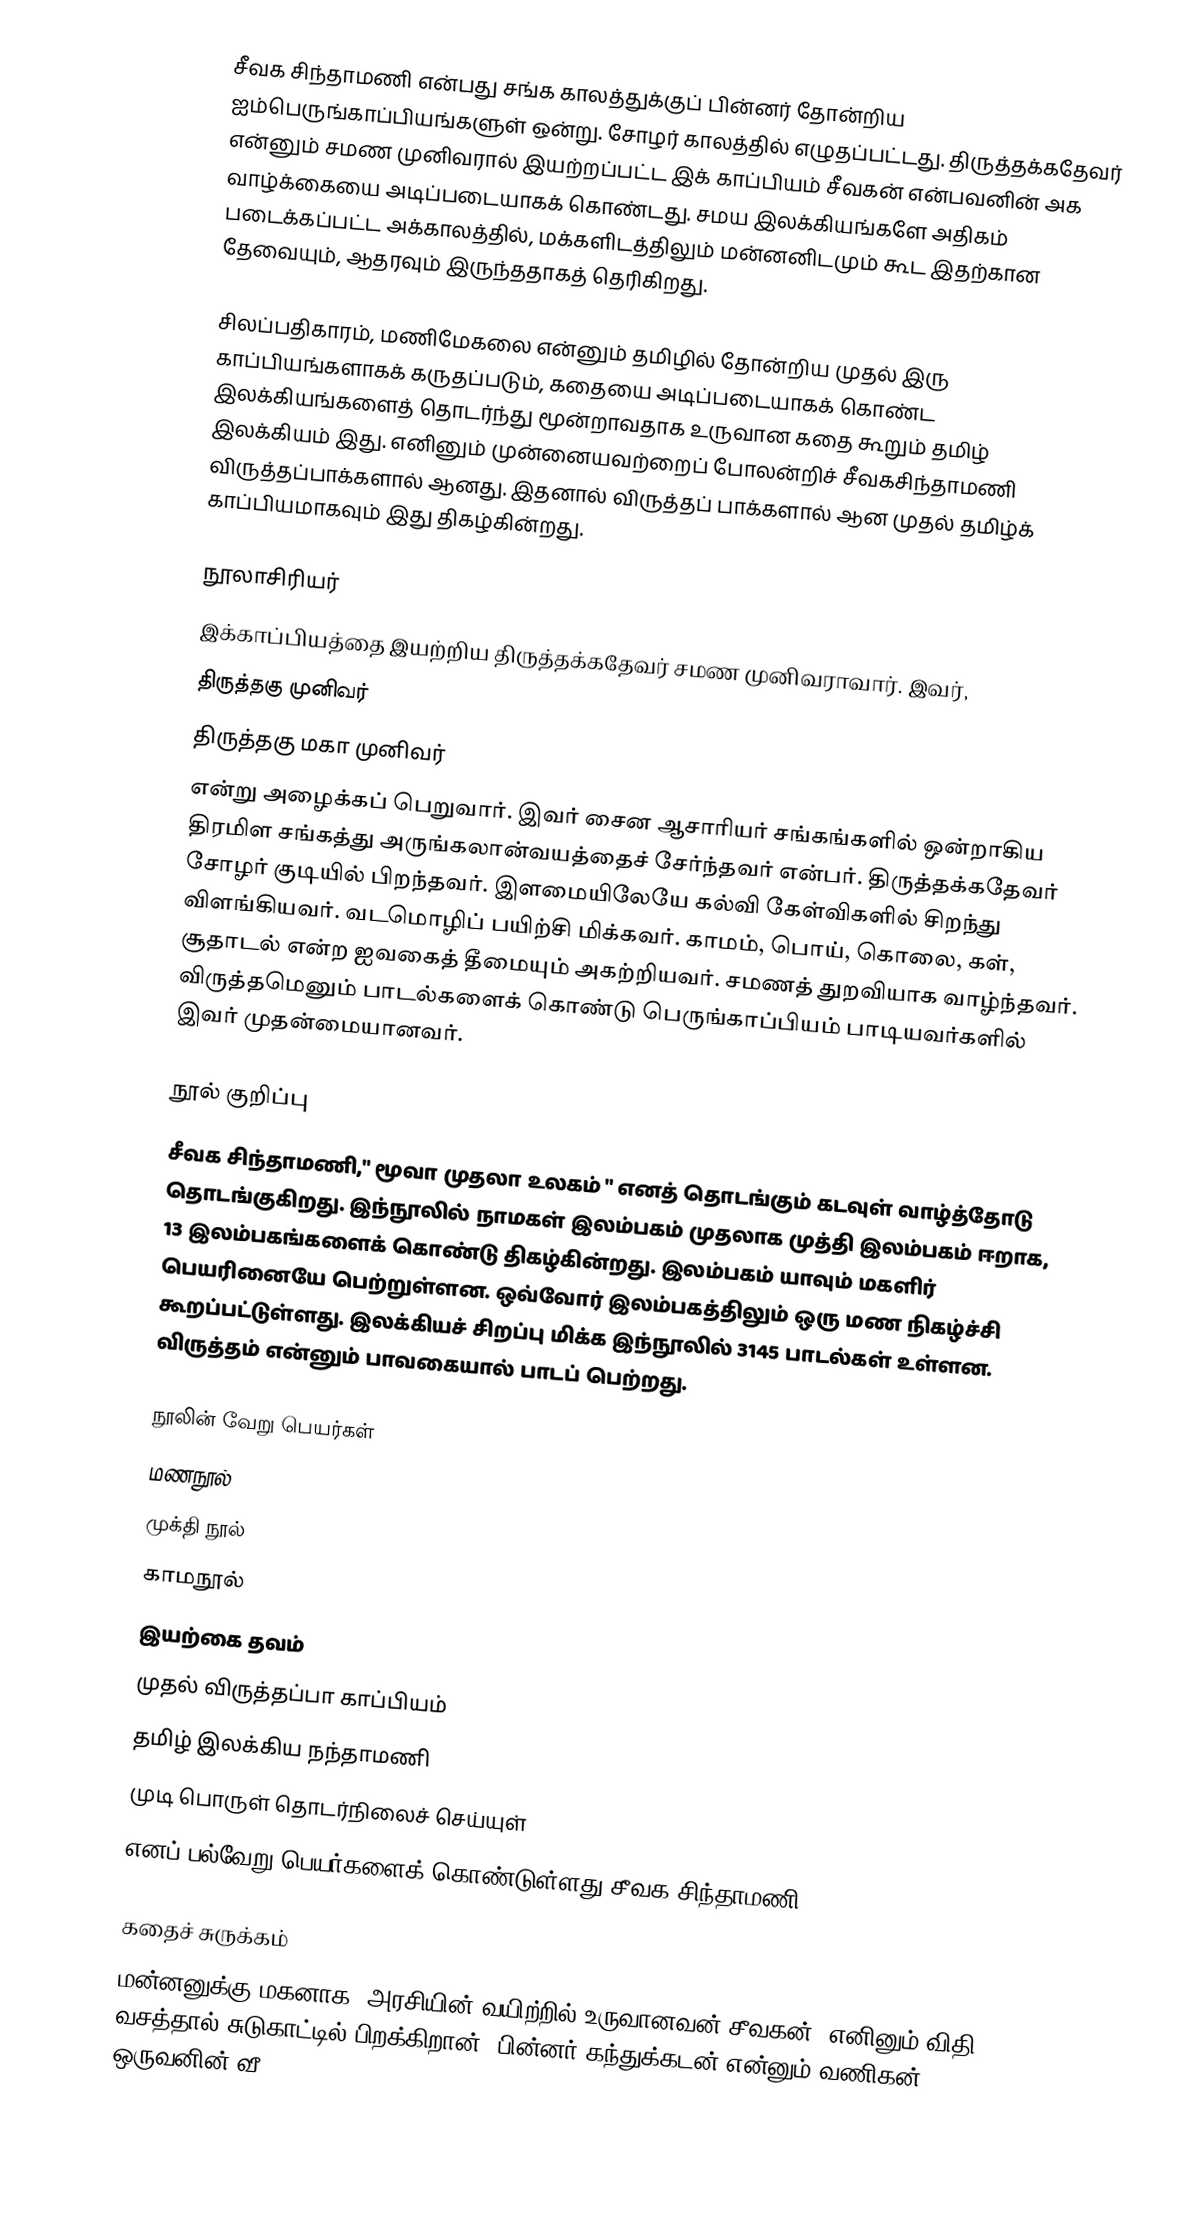
சீவக சிந்தாமணி என்பது சங்க காலத்துக்குப் பின்னர் தோன்றிய ஐம்பெருங்காப்பியங்களுள் ஒன்று. சோழர் காலத்தில் எழுதப்பட்டது. திருத்தக்கதேவர் என்னும் சமண முனிவரால் இயற்றப்பட்ட இக் காப்பியம் சீவகன் என்பவனின் அக வாழ்க்கையை அடிப்படையாகக் கொண்டது. சமய இலக்கியங்களே அதிகம் படைக்கப்பட்ட அக்காலத்தில், மக்களிடத்திலும் மன்னனிடமும் கூட இதற்கான தேவையும், ஆதரவும் இருந்ததாகத் தெரிகிறது.

சிலப்பதிகாரம், மணிமேகலை என்னும் தமிழில் தோன்றிய முதல் இரு காப்பியங்களாகக் கருதப்படும், கதையை அடிப்படையாகக் கொண்ட இலக்கியங்களைத் தொடர்ந்து மூன்றாவதாக உருவான கதை கூறும் தமிழ் இலக்கியம் இது. எனினும் முன்னையவற்றைப் போலன்றிச் சீவகசிந்தாமணி விருத்தப்பாக்களால் ஆனது. இதனால் விருத்தப் பாக்களால் ஆன முதல் தமிழ்க் காப்பியமாகவும் இது திகழ்கின்றது.

நூலாசிரியர்
இக்காப்பியத்தை இயற்றிய திருத்தக்கதேவர் சமண முனிவராவார். இவர்,
 திருத்தகு முனிவர்
 திருத்தகு மகா முனிவர்
என்று அழைக்கப் பெறுவார். இவர் சைன ஆசாரியர் சங்கங்களில் ஒன்றாகிய திரமிள சங்கத்து அருங்கலான்வயத்தைச் சேர்ந்தவர் என்பர்.  திருத்தக்கதேவர் சோழர் குடியில் பிறந்தவர். இளமையிலேயே கல்வி கேள்விகளில் சிறந்து விளங்கியவர். வடமொழிப் பயிற்சி மிக்கவர். காமம், பொய், கொலை, கள், சூதாடல் என்ற ஐவகைத் தீமையும் அகற்றியவர். சமணத் துறவியாக வாழ்ந்தவர். விருத்தமெனும் பாடல்களைக் கொண்டு பெருங்காப்பியம் பாடியவர்களில் இவர் முதன்மையானவர்.

நூல் குறிப்பு
சீவக சிந்தாமணி," மூவா முதலா உலகம் " எனத் தொடங்கும் கடவுள் வாழ்த்தோடு தொடங்குகிறது. இந்நூலில்  நாமகள் இலம்பகம் முதலாக முத்தி இலம்பகம் ஈறாக, 13 இலம்பகங்களைக் கொண்டு திகழ்கின்றது. இலம்பகம் யாவும் மகளிர் பெயரினையே பெற்றுள்ளன. ஒவ்வோர் இலம்பகத்திலும் ஒரு மண நிகழ்ச்சி கூறப்பட்டுள்ளது. இலக்கியச் சிறப்பு மிக்க இந்நூலில் 3145 பாடல்கள் உள்ளன. விருத்தம் என்னும் பாவகையால் பாடப் பெற்றது.

நூலின் வேறு பெயர்கள்
 மணநூல்
 முக்தி நூல்
 காமநூல்
 இயற்கை தவம்
 முதல் விருத்தப்பா காப்பியம்
 தமிழ் இலக்கிய நந்தாமணி
 முடி பொருள் தொடர்நிலைச் செய்யுள்
எனப் பல்வேறு பெயர்களைக் கொண்டுள்ளது சீவக சிந்தாமணி.

கதைச் சுருக்கம்
மன்னனுக்கு மகனாக, அரசியின் வயிற்றில் உருவானவன் சீவகன். எனினும் விதி வசத்தால் சுடுகாட்டில் பிறக்கிறான். பின்னர் கந்துக்கடன் என்னும் வணிகன் ஒருவனின் வீ